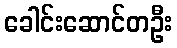
ခေါင်းဆောင်တဦး